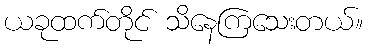
ယခုထက်တိုင် သိနေကြသေးတယ်။